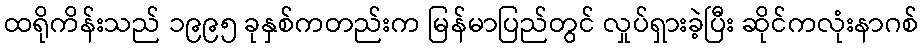
ထရိုကိန်းသည် ၁၉၉၅ ခုနှစ်ကတည်းက မြန်မာပြည်တွင် လှုပ်ရှားခဲ့ပြီး ဆိုင်ကလုံးနာဂစ်